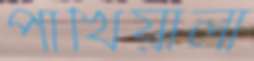
পাখিয়ালা